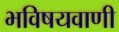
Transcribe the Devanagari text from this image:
भविषयवाणी